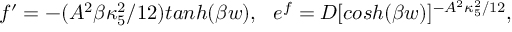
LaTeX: f ^ { \prime } = - ( A ^ { 2 } \beta \kappa _ { 5 } ^ { 2 } / 1 2 ) t a n h ( \beta w ) , ~ ~ e ^ { f } = D [ c o s h ( \beta w ) ] ^ { - A ^ { 2 } \kappa _ { 5 } ^ { 2 } / 1 2 } ,